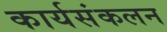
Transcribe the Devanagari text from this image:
कार्यसंकलन